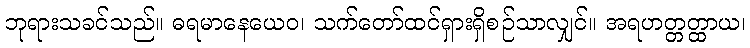
ဘုရားသခင်သည်။ ဓရမာနေယေဝ၊ သက်တော်ထင်ရှားရှိစဉ်သာလျှင်။ အရဟတ္တတ္ထာယ၊